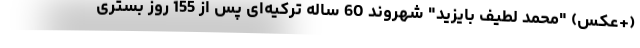
(+عکس) "محمد لطیف بایزید" شهروند 60 ساله ترکیه‌ای پس از 155 روز بستری